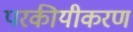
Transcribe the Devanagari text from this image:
परकीयीकरण